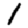
Digit: 1